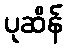
ပုဆိန်